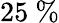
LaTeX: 25\ \%